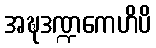
အဍ္ဎဒဏ္ဍကေဟိပိ